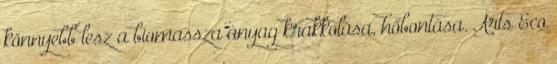
könnyebb lesz a biomassza anyag krakkolása, hőbontása. Arts Eco